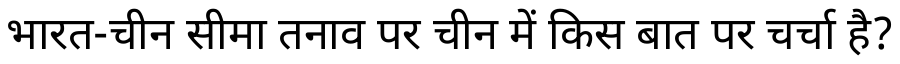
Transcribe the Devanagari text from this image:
भारत-चीन सीमा तनाव पर चीन में किस बात पर चर्चा है?